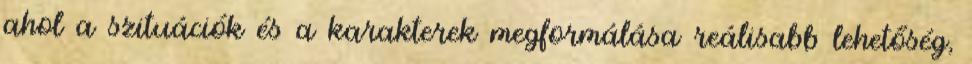
ahol a szituációk és a karakterek megformálása reálisabb lehetőség,